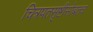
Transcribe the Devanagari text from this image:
चित्रपतसृष्टीसोबतच